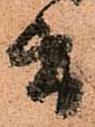
旨